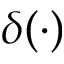
\delta ( \cdot )